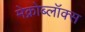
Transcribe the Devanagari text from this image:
मेक्रोब्लॉक्स